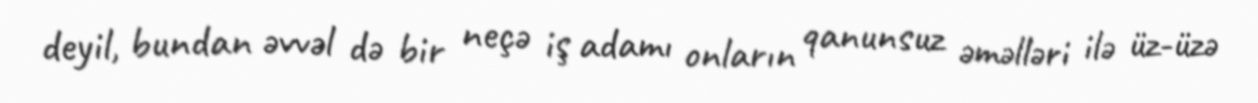
deyil, bundan əvvəl də bir neçə iş adamı onların qanunsuz əməlləri ilə üz-üzə